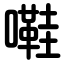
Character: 嚡